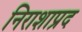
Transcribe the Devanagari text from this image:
निराशाप्रद